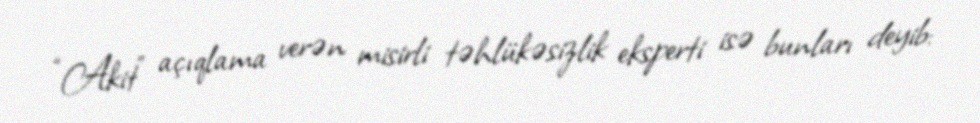
“Akit” açıqlama verən misirli təhlükəsizlik eksperti isə bunları deyib: